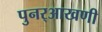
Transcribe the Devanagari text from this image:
पुनर्‌आखणी